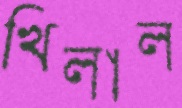
খিলাল